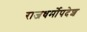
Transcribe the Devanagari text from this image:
राजधर्मोपदेश